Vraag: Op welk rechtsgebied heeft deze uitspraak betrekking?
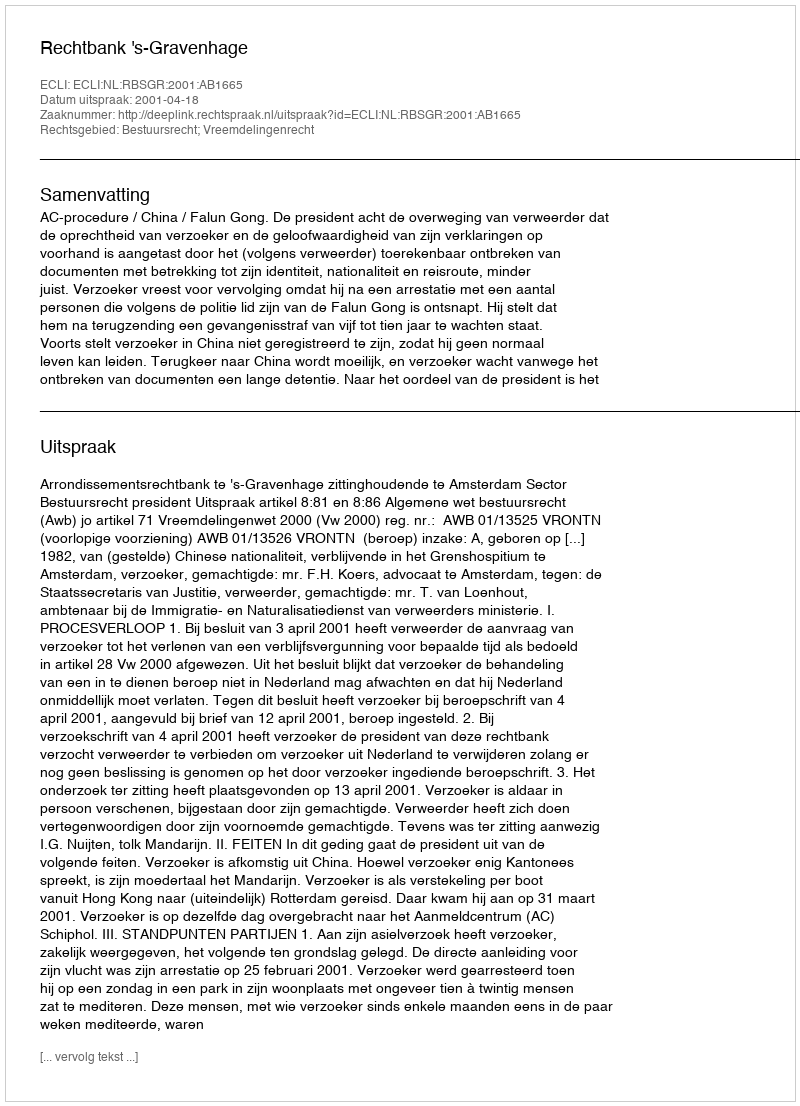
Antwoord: Bestuursrecht; Vreemdelingenrecht